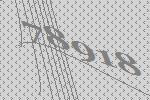
78918